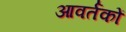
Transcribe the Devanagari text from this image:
आवर्तकों